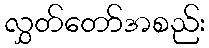
လွှတ်တော်အစည်း